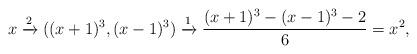
LaTeX: \begin{align*}x\xrightarrow{2} ((x+1)^3, (x-1)^3)\xrightarrow{1} \frac{(x+1)^3 - (x-1)^3-2}{6}=x^2,\end{align*}